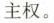
主权。